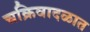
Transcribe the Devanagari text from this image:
चक्रिवादळात